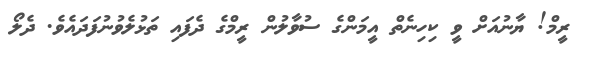
ރީމް! ޔާނުއަށް ވީ ކިހިނެތް އީމަންގެ ސުވާލުން ރީމްގެ ދެފައި ތަޅުލެވުނުފަދައެވެ. ދެލޯ